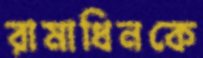
রামাধিনকে